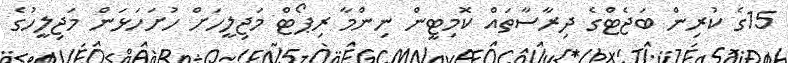
15ގެ ކުރިން ބަޖެޓްގެ ދިރާސާތައް ކޮމިޓީން ނިންމާ ރިޕޯޓް މަޖިލީހަށް ހުށަހަޅަން މަޖިލީހުގެ